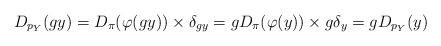
LaTeX: \begin{align*}D_{p_{Y}}(gy) = D_{\pi}(\varphi(gy)) \times \delta_{gy} = gD_{\pi}(\varphi(y)) \times g \delta_{y} = g D_{p_{Y}}(y)\end{align*}